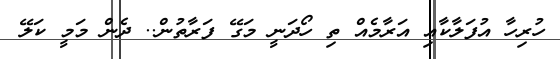
ހުރިހާ އުފަލާކާއި އަރާމެއް ތި ހޯދަނީ މަގޭ ފަރާތުން.. ދެން މަމީ ކަލޭ